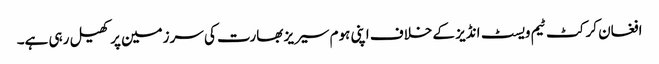
افغان کرکٹ ٹیم ویسٹ انڈیز کے خلاف اپنی ہوم سیریز بھارت کی سرزمین پر کھیل رہی ہے۔